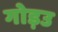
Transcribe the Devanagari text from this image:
गोड़उ